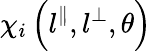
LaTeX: \chi_{i}\left(l^{\parallel},l^{\perp},\theta\right)